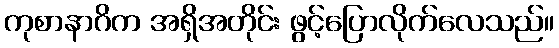
ကုစာနာဂိက အရှိအတိုင်း ဖွင့်ပြောလိုက်လေသည်။